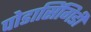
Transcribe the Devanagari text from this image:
पोडासिंगिडी